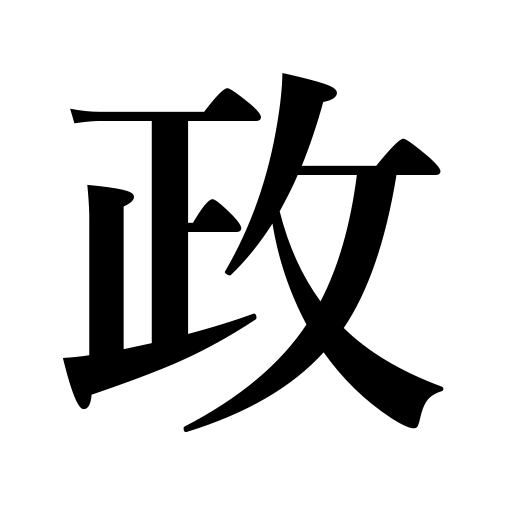
Meanings: rule,government